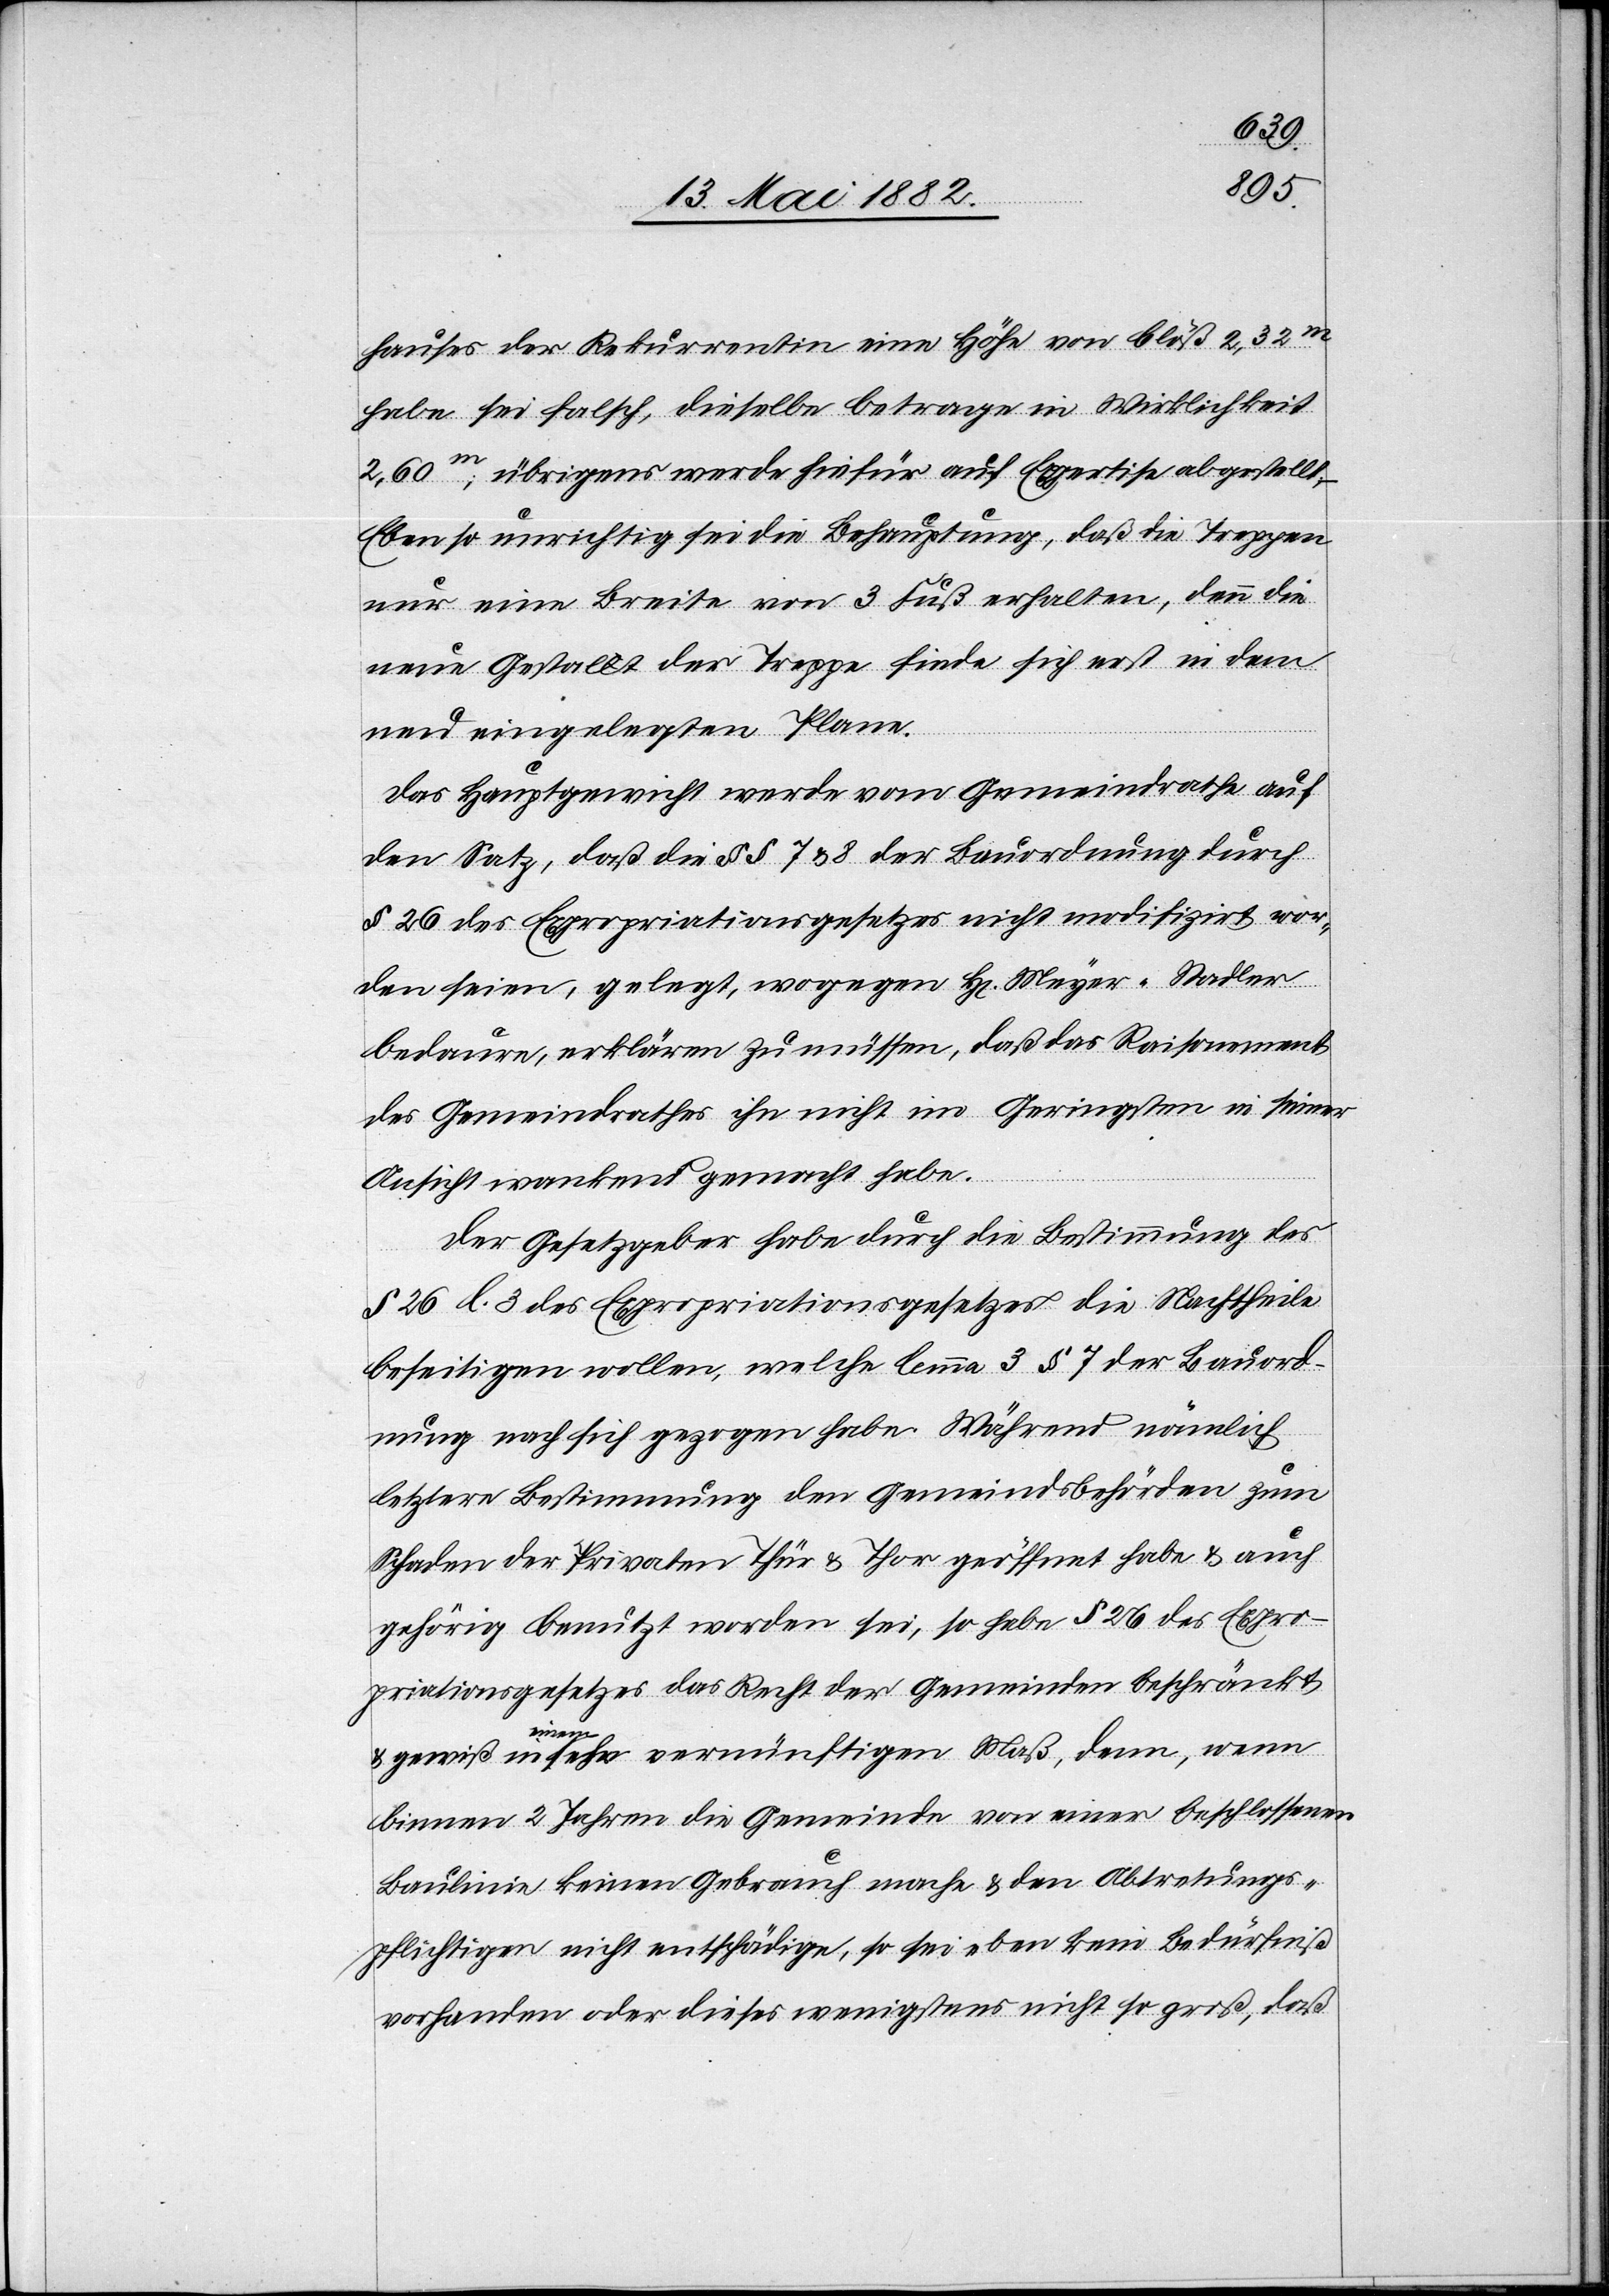
hauses der Rekurrentin eine Höhe von bloß 2,32m
habe sei falsch, dieselbe betrage in Wirklichkeit
2,60m; übrigens werde hiefür auf Expertise abgestellt;
Ebenso unrichtig sei die Behauptung, daß die Treppen
nur eine Breite von 3 Fuß erhalten, denn die
neue Gestalt der Treppe finde sich erst in dem
neu eingelegten Plane.
Das Hauptgewicht werde vom Gemeindrathe auf
den Satz, daß die §§ 7 & 8 der Bauordnung durch
§ 26 des Expropriationsgesetzes nicht modifizirt wor¬
den seien, gelegt, wogegen Hr. Meyer-Stadler
bedauere, erklären zu müssen, daß das Raisonement
des Gemeindrathes ihn nicht im Geringsten in seiner
Ansicht wankend gemacht habe.
Der Gesetzgeber habe durch die Bestimmung des
§ 26 l. 3 des Expropriationsgesetzes die Nachtheile
beseitigen wollen, welche lemma 3 § 7 der Bauord¬
nung nach sich gezogen habe. Während nämlich
letztere Bestimmung den Gemeindsbehörden zum
Schaden der Privaten Thür & Thor geöffnet habe & auch
gehörig benutzt worden sei, so habe § 26 des Expro¬
priationsgesetzes das Recht der Gemeinde beschränkt
& gewiß in einem sehr vernünftigen Maß, denn, wenn
binnen 2 Jahren die Gemeinde von einer beschlossenen
Baulinie keinen Gebrauch mache & den Abtretungs¬
pflichtigen nicht entschädige, so sei eben kein Bedürfniß
vorhanden oder dieses wenigstens nicht so groß, daß